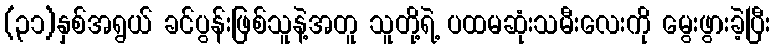
(၃၁)နှစ်အရွယ် ခင်ပွန်းဖြစ်သူနဲ့အတူ သူတို့ရဲ့ ပထမဆုံးသမီးလေးကို မွေးဖွားခဲ့ပြီး